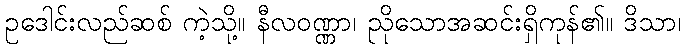
ဥဒေါင်းလည်ဆစ် ကဲ့သို့။ နီလဝဏ္ဏာ၊ ညိုသောအဆင်းရှိကုန်၏။ ဒိသာ၊